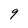
Character: 9